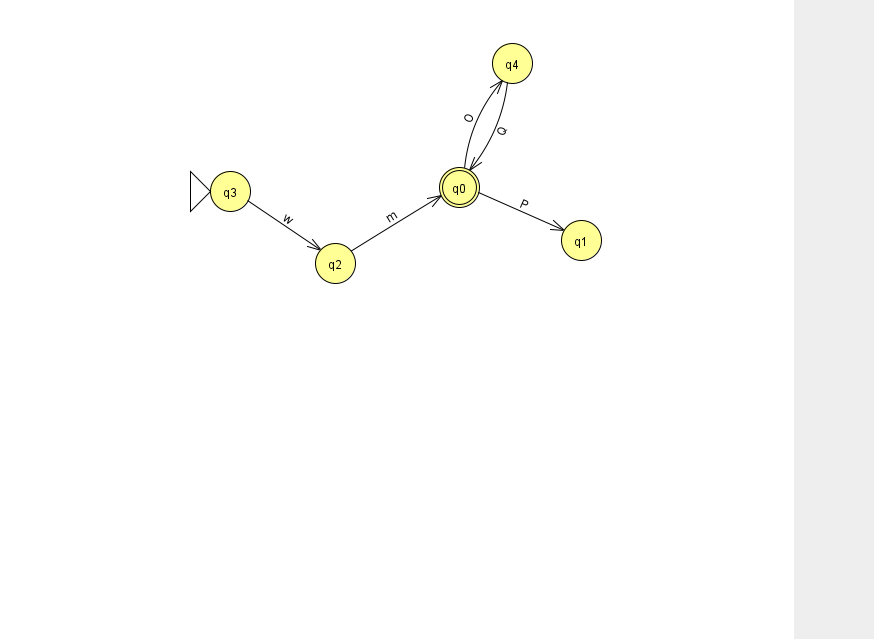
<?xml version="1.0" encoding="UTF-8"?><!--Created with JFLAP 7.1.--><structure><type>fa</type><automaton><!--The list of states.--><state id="0" name="q0"><x>459.0</x><y>174.0</y><final/></state><state id="1" name="q1"><x>581.0</x><y>227.0</y></state><state id="2" name="q2"><x>335.0</x><y>250.0</y></state><state id="3" name="q3"><x>230.0</x><y>178.0</y><initial/></state><state id="4" name="q4"><x>512.0</x><y>50.0</y></state><!--The list of transitions.--><transition><from>0</from><to>4</to><read>O</read></transition><transition><from>3</from><to>2</to><read>w</read></transition><transition><from>2</from><to>0</to><read>m</read></transition><transition><from>0</from><to>1</to><read>P</read></transition><transition><from>4</from><to>0</to><read>Q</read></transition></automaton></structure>